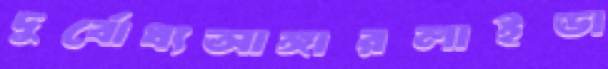
দুর্বোধ্যআঙ্গারলাইডা